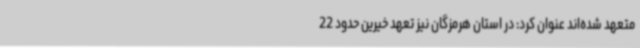
متعهد شده‌اند عنوان کرد: در استان هرمزگان نیز تعهد خیرین حدود 22